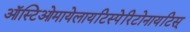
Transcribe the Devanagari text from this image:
ऑस्टिओमायेलायटिस्पेरिटोनायटिस्